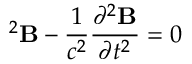
{ \bf \nabla } ^ { 2 } { \bf B } - { \frac { 1 } { c ^ { 2 } } } { \frac { \partial ^ { 2 } { \bf B } } { \partial t ^ { 2 } } } = 0